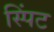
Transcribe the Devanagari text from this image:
स्पिंट